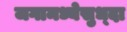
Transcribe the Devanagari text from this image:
जगामध्येसुध्दा